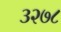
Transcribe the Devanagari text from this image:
३२७८